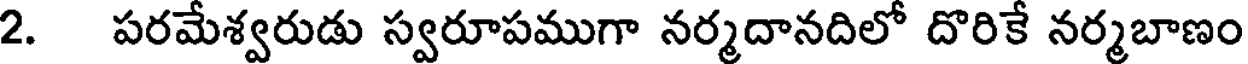
2. పరమేశ్వరుడు స్వరూపముగా నర్మదానదిలో దొరికే నర్మబాణం